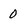
Character: 0